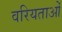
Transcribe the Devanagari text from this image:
वरियताओं